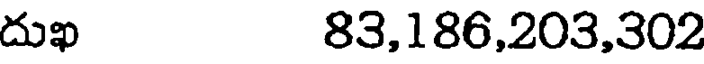
దుఖ 83,186,203,302